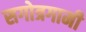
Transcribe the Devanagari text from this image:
सगोत्रगामी